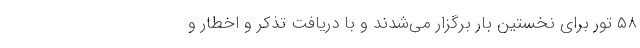
۵۸ تور برای نخستین بار برگزار می‌شدند و با دریافت تذکر و اخطار و